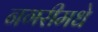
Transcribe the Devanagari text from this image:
नगरीमधे